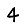
Digit: 4